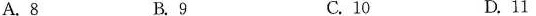
A.8 B.9 C.10 D.11